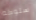
سلوكه